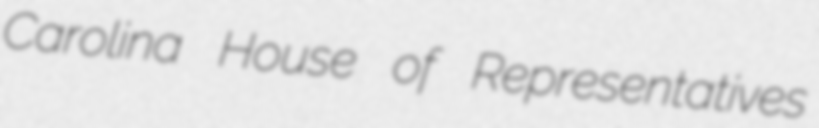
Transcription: Carolina House of Representatives